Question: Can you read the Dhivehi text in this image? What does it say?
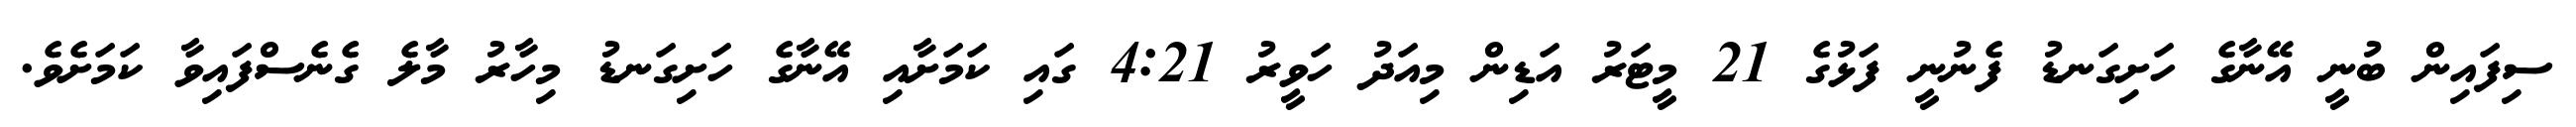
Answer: ސިފައިން ބުނީ އޭނާގެ ހަށިގަނޑު ފެނުނީ ފަޅުގެ 21 މީޓަރު އަޑިން މިއަދު ހަވީރު 4:21 ގައި ކަމަށާއި އޭނާގެ ހަށިގަނޑު މިހާރު މާލެ ގެނެސްފައިވާ ކަމަށެވެ.